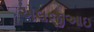
એલજીઆઇ